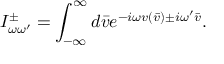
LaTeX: I _ { \omega \omega ^ { \prime } } ^ { \pm } = \int _ { - \infty } ^ { \infty } d \bar { v } e ^ { - i \omega v ( \bar { v } ) \pm i \omega ^ { \prime } \bar { v } } .